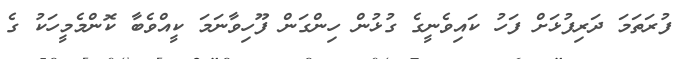
ފުރަތަމަ ދަރިފުޅަށް ފަހު ކައިވެނީގެ ގުޅުން ހިންގަން ފޫހިވާނަމަ ކީއްވެބާ ކޮންމެމީހަކު ގެ